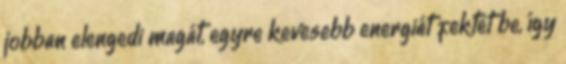
jobban elengedi magát, egyre kevesebb energiát fektet be, így